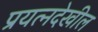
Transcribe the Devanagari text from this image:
प्रयत्‍नदेखील